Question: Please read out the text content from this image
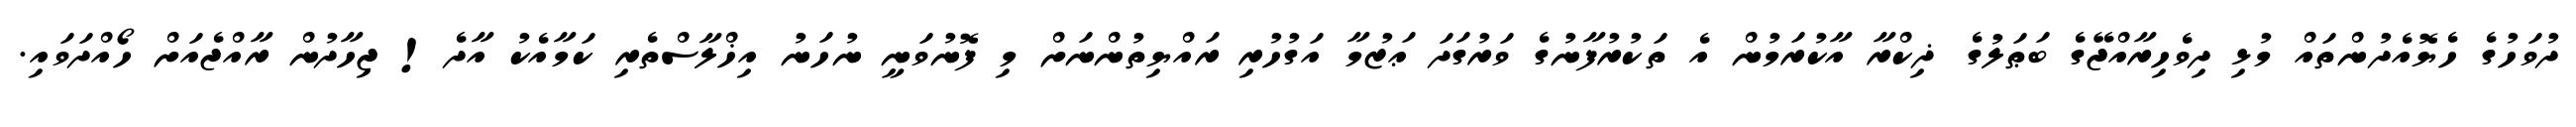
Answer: ދުވަހުގެ ހެޔޮއެދުންތައް މުޅި ދިވެހިރާއްޖޭގެ ބަޠަލުގެ ޛިކްރާ އާކުރަމުން އެ ތަކުރުފާނުގެ ވަރުގަދަ ޢަޒުމާ އަގުހުރި ރައްޔިތުންނަށް މި ފޮނުވަނީ ނުހަނު އިޚްލާސްތެރި ކަމާއެކު އާދެ! ޖިހާދުން ރާއްޖެއަށް ހޯއްދަވައި.